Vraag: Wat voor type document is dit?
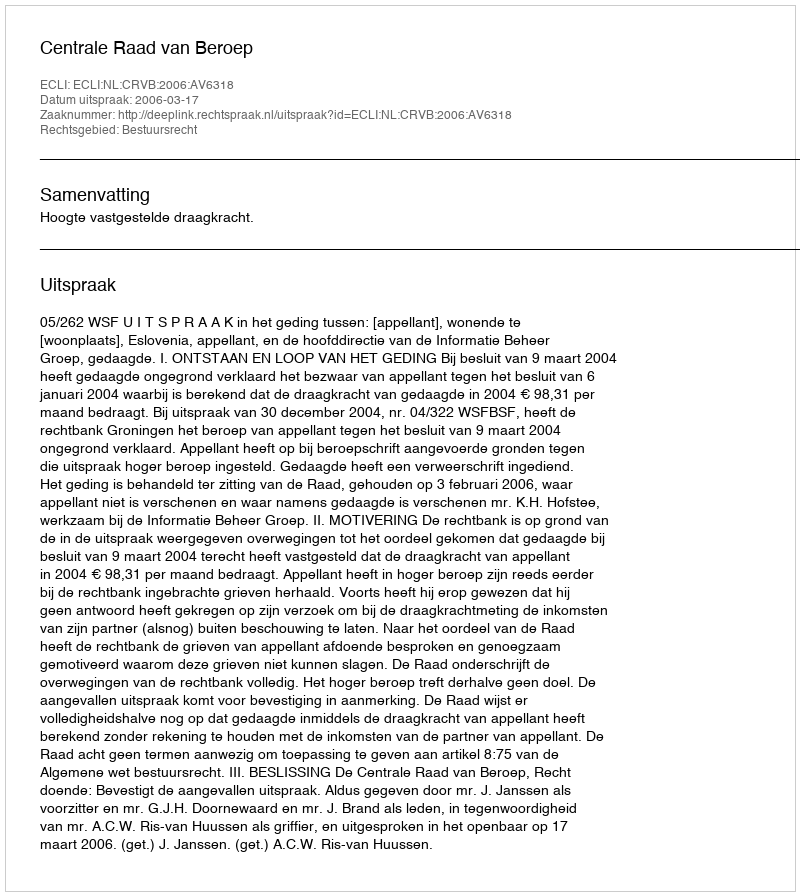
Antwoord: Uitspraak